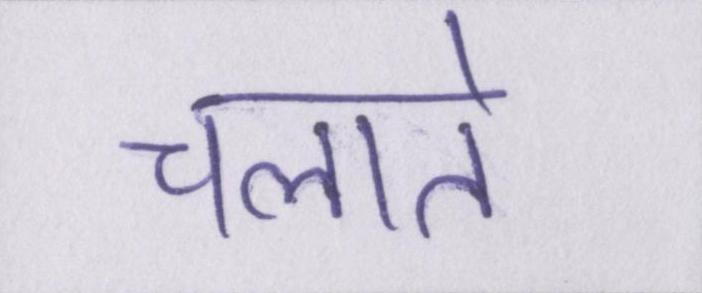
चलाते